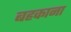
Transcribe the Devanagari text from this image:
बहकाना